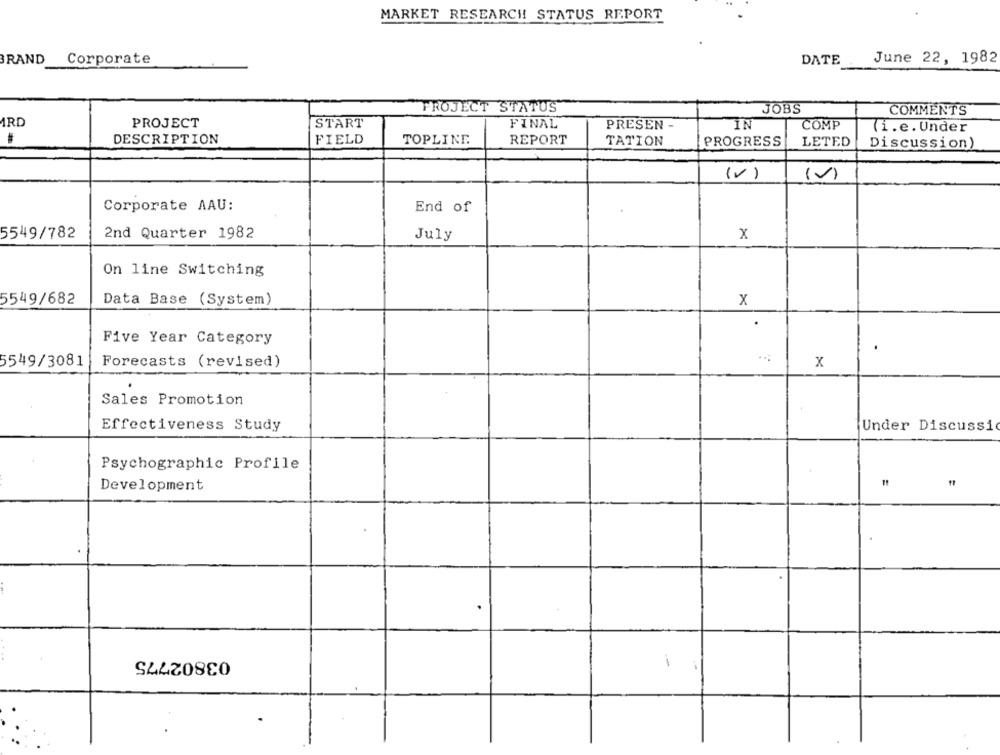
MARKET RESEARCH STATUS REPORT
BRAND
Corporate
DATE
June 22, 1982
PROJECT STATUS
JOBS
COMMENTS
ARD
PROJECT
START
FINAL
PRESEN
IN
COMP
(i.e. Under
DESCRIPTION
FIELD
TOPLINE
REPORT
TATION
PROGRESS
LETED
Discussion)
(V)
(0)
Corporate AAU:
End of
2nd Quarter 1982
x
5549/782
July
On line Switching
5549/682
Data Base (System)
x
Five Year Category
5549/3081
Forecasts (revised)
x
Sales Promotion
Effectiveness Study
Under Discussi
Psychographic Profile
Development
03802775